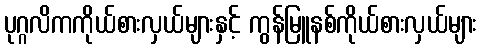
ပုဂ္ဂလိကကိုယ်စားလှယ်များနှင့် ကွန်မြူနစ်ကိုယ်စားလှယ်များ